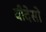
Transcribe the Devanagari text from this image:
वीदेसो